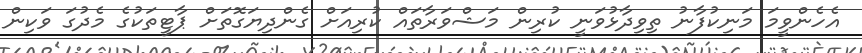
އެހެންވީމަ މަނިކުފާނު ތިވިދާޅުވަނީ ކުރިން މަޝްވަރާތައް ކުރިއަށް ގެންދިޔަގޮތަށް ޕާޓީތަކުގެ މެދުގަ ވަކިން